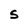
Character: S